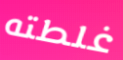
غلطته